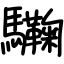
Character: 驧